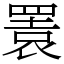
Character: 瞏